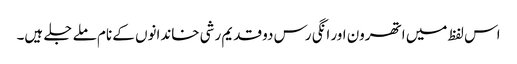
اس لفظ میں اتھرون اور انگی رس دو قدیم رشی خاندانوں کے نام ملے جلے ہیں۔